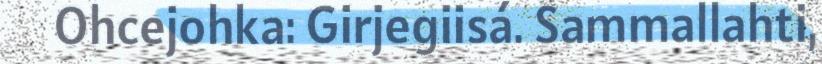
Ohcejohka: Girjegiisá. Sammallahti,